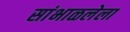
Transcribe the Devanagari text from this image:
सांभाळलेला